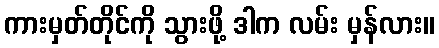
ကားမှတ်တိုင်ကို သွားဖို့ ဒါက လမ်း မှန်လား။